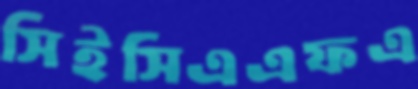
সিইসিএএফএ